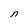
Character: n